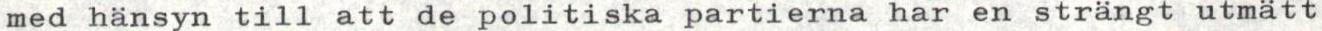
med hänsyn till att de politiska partierna har en strängt utmätt